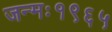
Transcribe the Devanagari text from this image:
जन्मः१९६५